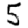
Digit: 5